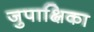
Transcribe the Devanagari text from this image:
जुपाक्षिका